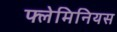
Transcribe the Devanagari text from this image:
फ्लेमिनियस